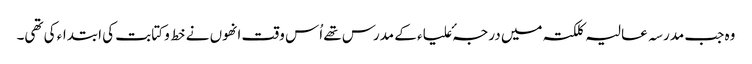
وہ جب مدرسہ عالیہ کلکتہ میں درجہٴ علیاء کے مدرس تھے اُس وقت انھوں نے خط و کتابت کی ابتداء کی تھی۔